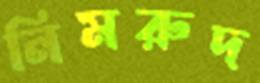
নিমরুদ